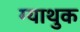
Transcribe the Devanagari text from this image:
ग्याथुक